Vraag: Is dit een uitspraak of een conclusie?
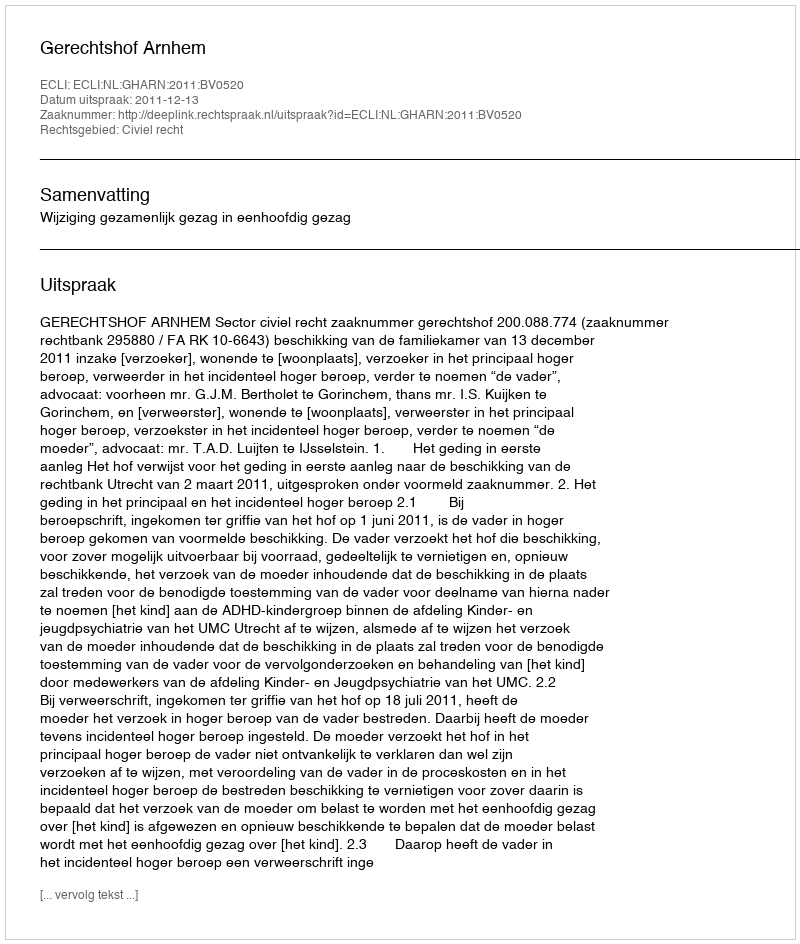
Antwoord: Uitspraak